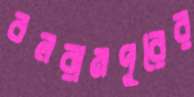
বলরামপুরের